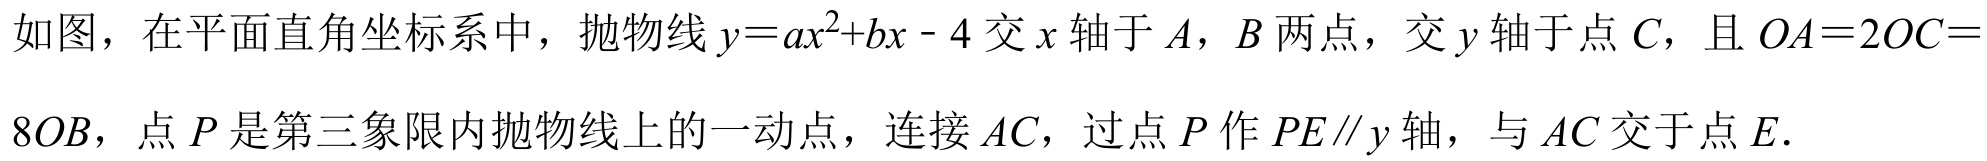
如图，在平面直角坐标系中，抛物线\(y = ax^{2}+bx - 4\)交\(x\)轴于\(A\)，\(B\)两点，交\(y\)轴于点\(C\)，且\(OA = 2OC = 8OB\)，点\(P\)是第三象限内抛物线上的一动点，连接\(AC\)，过点\(P\)作\(PE\parallel y\)轴，与\(AC\)交于点\(E\).